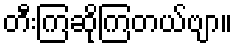
တီးကြဆိုကြတယ်ဗျာ။